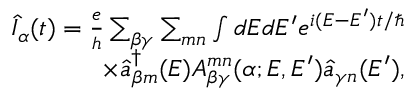
\begin{array} { r } { \hat { I } _ { \alpha } ( t ) = \frac { e } { h } \sum _ { \beta \gamma } \sum _ { m n } \int d E d E ^ { \prime } e ^ { i ( E - E ^ { \prime } ) t / \hbar } } \\ { \times \hat { a } _ { \beta m } ^ { \dagger } ( E ) A _ { \beta \gamma } ^ { m n } ( \alpha ; E , E ^ { \prime } ) \hat { a } _ { \gamma n } ( E ^ { \prime } ) , } \end{array}